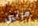
مرتين